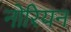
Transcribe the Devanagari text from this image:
नोरियन